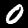
Label: 0